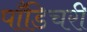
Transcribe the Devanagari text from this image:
पाँडिचरी